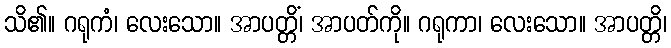
သိ၏။ ဂရုကံ၊ လေးသော။ အာပတ္တိံ၊ အာပတ်ကို။ ဂရုကာ၊ လေးသော။ အာပတ္တိ၊